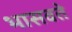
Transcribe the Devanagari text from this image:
भासवते